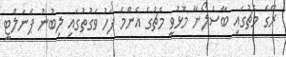
ރޭގެ މެޗުގައި ބާސެލޯނާ މޮޅުވީ މެޗުގެ އެންމެ ފަހު ވަގުތުގައި ލިބުނު ޕެނަލްޓީ